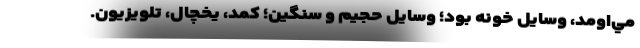
مي‌اومد، وسايل خونه بود؛ وسايل حجيم و سنگين؛ كمد، يخچال، تلويزيون.